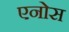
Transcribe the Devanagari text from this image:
एनोस